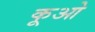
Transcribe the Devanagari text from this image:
कूओ